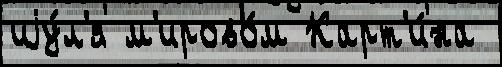
иjу́л'я м'ирово́м Карт'и́на